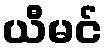
ယီမင်